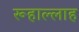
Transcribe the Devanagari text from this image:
रूहाल्लाह